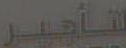
لتأجير